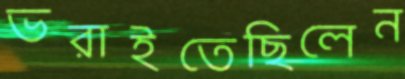
ভরাইতেছিলেন